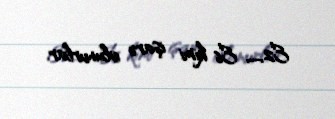
E2,…., E6 kimi işarə olunurlar.